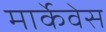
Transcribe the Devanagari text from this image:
मार्केवेस